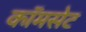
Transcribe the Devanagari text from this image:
कॉमसेट